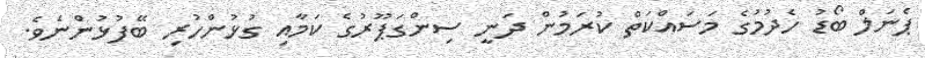
ޕެނަލް ބޯޑު ހެދުމުގެ މަސައްކަތް ކުރަމުން ދަނީ ސިންގަޕޫރުގެ ކަމާއި ގުޅުންހުރި ބޭފުޅުންނެވެ.